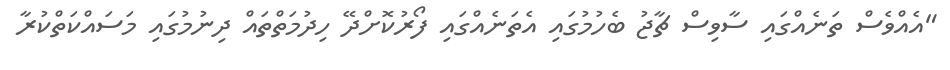
"އެއްވެސް ތަނެއްގައި ސާވިސް ޗާޖު ބެހުމުގައި އެތަނެއްގައި ފޯރުކޮށްދޭ ހިދުމަތްތައް ދިނުމުގައި މަސައްކަތްކުރާ